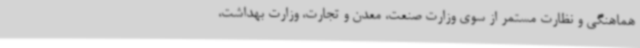
هماهنگی و نظارت مستمر از سوی وزارت صنعت، معدن و تجارت، وزارت بهداشت،